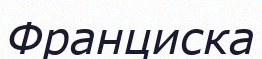
Франциска